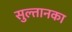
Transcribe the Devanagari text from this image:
सुल्तानका